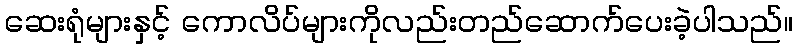
ဆေးရုံများနှင့် ကောလိပ်များကိုလည်းတည်ဆောက်ပေးခဲ့ပါသည်။